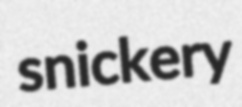
snickery